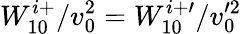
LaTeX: W_{10}^{i+}/v_{0}^{2}=W_{10}^{i+\prime}/v_{0}^{\prime 2}